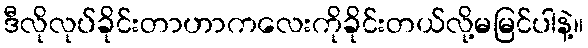
ဒီလိုလုပ်ခိုင်းတာဟာကလေးကိုခိုင်းတယ်လို့မမြင်ပါနဲ့။